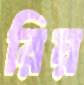
রিয়